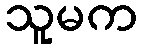
သူမက